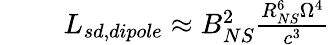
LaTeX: \begin{array}{rlr}{\mathrm{~}}&{{}}&{L_{sd,dipole}\approx B_{NS}^{2}\frac{R_{NS}^{6}\Omega^{4}}{c^{3}}}\end{array}